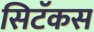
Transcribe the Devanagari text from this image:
सिटॅकस